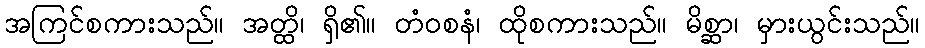
အကြင်စကားသည်။ အတ္ထိ၊ ရှိ၏။ တံဝစနံ၊ ထိုစကားသည်။ မိစ္ဆာ၊ မှားယွင်းသည်။